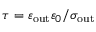
\tau = \varepsilon _ { \mathrm { o u t } } \varepsilon _ { 0 } / \sigma _ { \mathrm { o u t } }